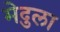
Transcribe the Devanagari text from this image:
मेदुला